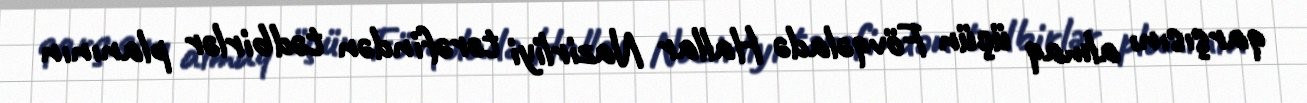
qarşısını almaq üçün Fövqəladə Hallar Nazirliyi tərəfindən tədbirlər planının